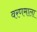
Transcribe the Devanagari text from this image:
वरणमाला